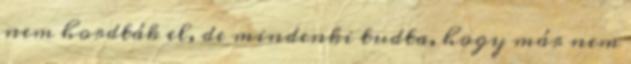
nem hordták el, de mindenki tudta, hogy már nem